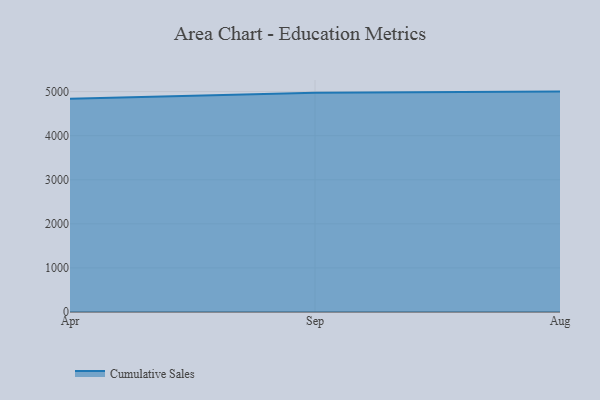
{"axis": {"x": "Month", "y": "Satisfaction Score"}, "legend": ["Cumulative Sales"], "data": [{"x": "Apr", "y": 4836.6, "type": "Cumulative Sales"}, {"x": "Sep", "y": 4971.6, "type": "Cumulative Sales"}, {"x": "Aug", "y": 5000, "type": "Cumulative Sales"}]}